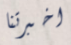
اخبرتنا